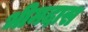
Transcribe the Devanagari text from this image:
भीमदास